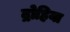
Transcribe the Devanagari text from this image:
द्रोहिया